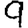
Digit: 9